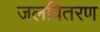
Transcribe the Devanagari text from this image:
जलवितरण